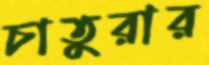
চাতুরার